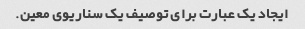
ایجاد یک عبارت برای توصیف یک سناریوی معین.